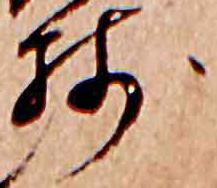
残